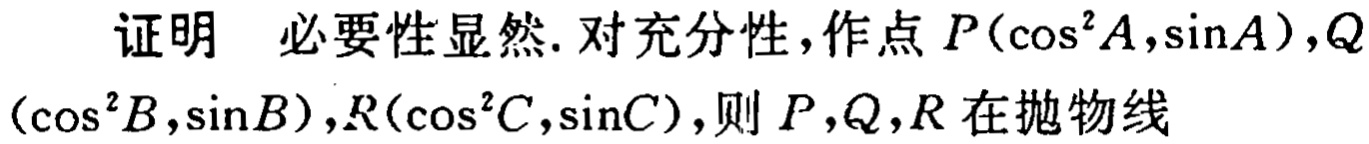
证明 必要性显然. 对充分性，作点 \(P(\cos^{2}A,\sin A)\)，\(Q(\cos^{2}B,\sin B)\)，\(R(\cos^{2}C,\sin C)\)，则 \(P,Q,R\) 在抛物线